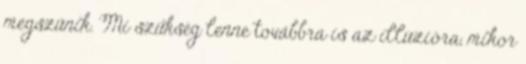
megszűnik. Mi szükség lenne továbbra is az illúzióra, mikor